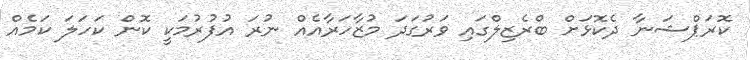
ކޮރަޕްޝަނާ ދެކޮޅަށް ބްރެޒިލްގައި ވަރުގަދަ މުޒާހަރާއެއް ނުރަ އުފުރުމަކީ ކޮން ކަހަލަ ކަމެއް